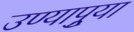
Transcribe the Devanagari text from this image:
उण्यापुर्‍या